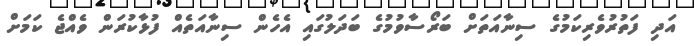
އަދި ފަތުރުވެރިކަމުގެ ސިނާއަތަށް ބަރޯސާވުމުގެ ބަދަލުގައި އެހެން ސިނާއަތެއް ފުޅާކުރަން ވެއްޖެ ކަމަށް